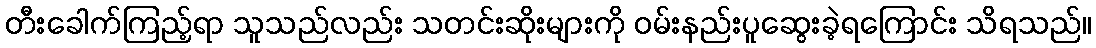
တီးခေါက်ကြည့်ရာ သူသည်လည်း သတင်းဆိုးများကို ဝမ်းနည်းပူဆွေးခဲ့ရကြောင်း သိရသည်။